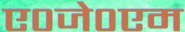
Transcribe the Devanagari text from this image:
ए०जे०एम